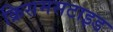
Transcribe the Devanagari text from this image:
क्रिसमसटाइड